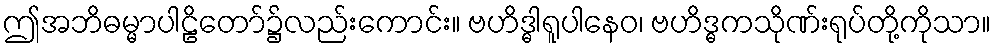
ဤအဘိဓမ္မာပါဠိတော်၌လည်းကောင်း။ ဗဟိဒ္ဓါရူပါနေဝ၊ ဗဟိဒ္ဓကသိုဏ်းရုပ်တို့ကိုသာ။